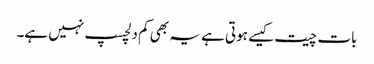
بات چیت کیسے ہوتی ہے یہ بھی کم دلچسپ نہیں ہے۔